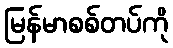
မြန်မာစစ်တပ်ကို